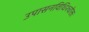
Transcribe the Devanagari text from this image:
उपासनविधिश्चोक्तः